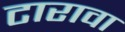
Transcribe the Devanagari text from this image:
टारावा